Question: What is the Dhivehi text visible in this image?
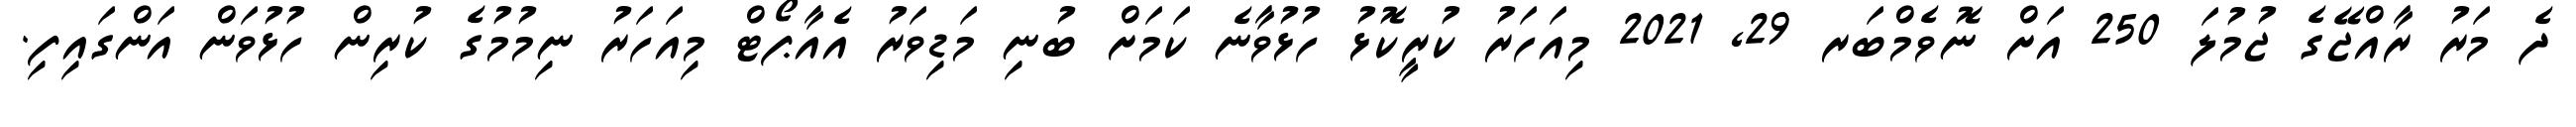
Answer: ދެ މަރު ރާއްޖޭގެ ޖުމުލަ 250 އަށް ނޮވެމްބަރ 29, 2021 މިއަހަރު ކުރީކޮޅު ހުޅުވާނެ ކަމަށް ބުނި މަޑިވަރު އެއާޕޯޓް މިއަހަރު ނިމުމުގެ ކުރިން ހުޅުވަން އަންގައިފި.